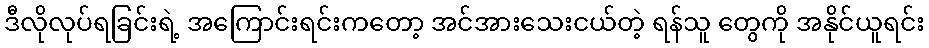
ဒီလိုလုပ်ရခြင်းရဲ့ အကြောင်းရင်းကတော့ အင်အားသေးငယ်တဲ့ ရန်သူ တွေကို အနိုင်ယူရင်း